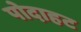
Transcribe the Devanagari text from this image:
पोदाहट